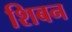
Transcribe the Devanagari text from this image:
शिबन